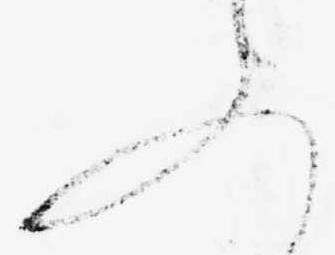
文